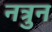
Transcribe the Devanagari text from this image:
नत्रुन